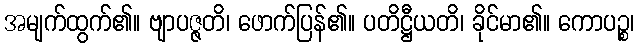
အမျက်ထွက်၏။ ဗျာပဇ္ဇတိ၊ ဖောက်ပြန်၏။ ပတိဋ္ဌီယတိ၊ ခိုင်မာ၏။ ကောပဉ္စ၊